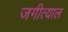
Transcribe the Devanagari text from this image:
जगीत्याल